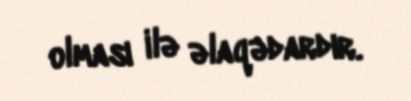
olması ilə əlaqədardır.